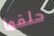
حلقها